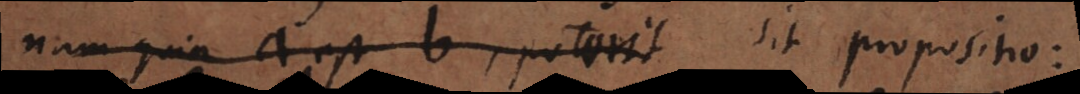
nam quia a est b, poterit sit propositio: